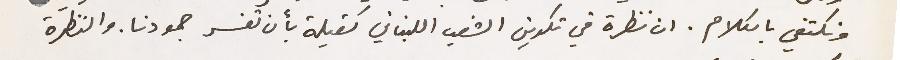
ونكتفي بالكلام. ان نظرة في تكوين الشعب اللبناني كفيلة بأن تفسر جمودنا. والنظرة